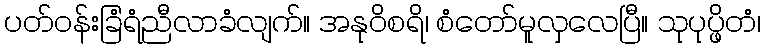
ပတ်ဝန်းခြံရံညီလာခံလျက်။ အနုဝိစရိ၊ စံတော်မူလှလေပြီ။ သုပုပ္ဖိတံ၊